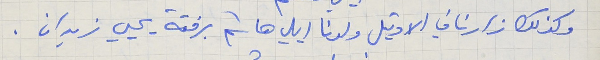
وكذلك زارنا في الاوتيل ولدنا ايلي هاشم برفقة يحيي زيدان .